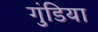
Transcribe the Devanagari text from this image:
गुंडिया